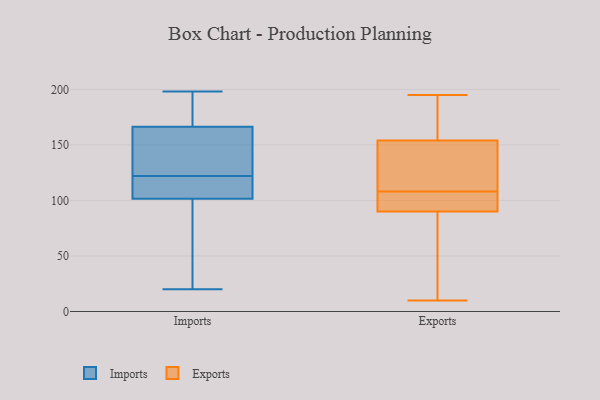
{"axis": {"x": "LTV (USD)", "y": "Value"}, "legend": ["Exports", "Imports"], "data": [{"x": "", "y": 103, "type": "Imports"}, {"x": "", "y": 198, "type": "Imports"}, {"x": "", "y": 20, "type": "Imports"}, {"x": "", "y": 191, "type": "Imports"}, {"x": "", "y": 122, "type": "Imports"}, {"x": "", "y": 106, "type": "Imports"}, {"x": "", "y": 78, "type": "Imports"}, {"x": "", "y": 124, "type": "Imports"}, {"x": "", "y": 169, "type": "Imports"}, {"x": "", "y": 101, "type": "Imports"}, {"x": "", "y": 158, "type": "Imports"}, {"x": "", "y": 42, "type": "Exports"}, {"x": "", "y": 103, "type": "Exports"}, {"x": "", "y": 136, "type": "Exports"}, {"x": "", "y": 64, "type": "Exports"}, {"x": "", "y": 169, "type": "Exports"}, {"x": "", "y": 10, "type": "Exports"}, {"x": "", "y": 102, "type": "Exports"}, {"x": "", "y": 58, "type": "Exports"}, {"x": "", "y": 158, "type": "Exports"}, {"x": "", "y": 109, "type": "Exports"}, {"x": "", "y": 90, "type": "Exports"}, {"x": "", "y": 103, "type": "Exports"}, {"x": "", "y": 192, "type": "Exports"}, {"x": "", "y": 195, "type": "Exports"}, {"x": "", "y": 154, "type": "Exports"}, {"x": "", "y": 107, "type": "Exports"}, {"x": "", "y": 151, "type": "Exports"}, {"x": "", "y": 144, "type": "Exports"}]}